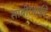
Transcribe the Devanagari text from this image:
साबीरभाईंचे